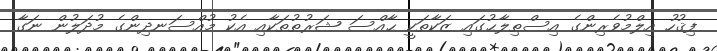
ފިޤުހު އިލްމުވެރިންގެ އިސްޠިލާޙުގައި ޒަކާތަކީ ޙާއްސަ ޝަރުޠުތަކާއި އެކު މުއްސަނދިންގެ މުދަލުން ނަގާ